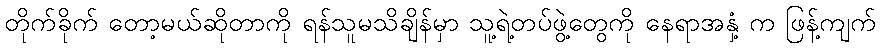
တိုက်ခိုက် တော့မယ်ဆိုတာကို ရန်သူမသိချိန်မှာ သူ့ရဲ့တပ်ဖွဲ့တွေကို နေရာအနှံ့ က ဖြန့်ကျက်